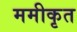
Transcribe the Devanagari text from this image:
ममीकृत